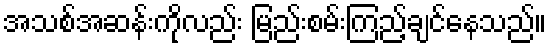
အသစ်အဆန်းကိုလည်း မြည်းစမ်းကြည့်ချင်နေသည်။